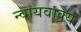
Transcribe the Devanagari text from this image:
न्वायवाक्य